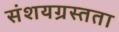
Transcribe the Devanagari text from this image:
संशयग्रस्तता